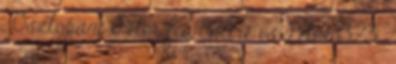
, Osztopáni Péter fia Endre és Péter 1323 ,